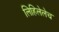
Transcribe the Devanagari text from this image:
लिहिलेलेच